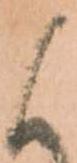
候